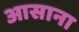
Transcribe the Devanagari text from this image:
आसाना